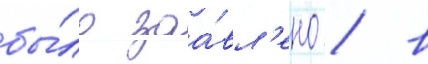
бы́ло заа́вл'ено / в